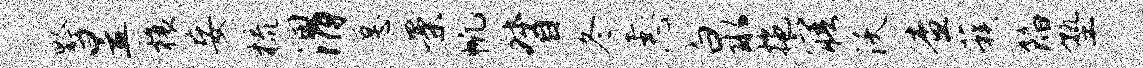
黔昱榱妄梳渭愿案帆督冬恚泉拖寤沃查蔟陷塾